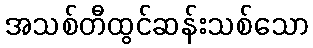
အသစ်တီထွင်ဆန်းသစ်သော